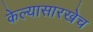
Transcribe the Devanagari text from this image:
केल्यासारखेच